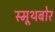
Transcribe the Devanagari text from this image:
स्मूथबोर